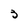
Character: 3